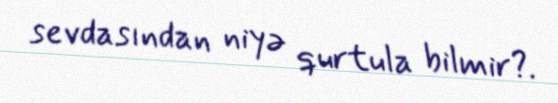
sevdasından niyə qurtula bilmir?.